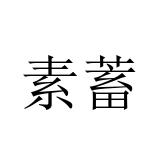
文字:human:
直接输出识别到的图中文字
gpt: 素蓄